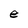
Character: e